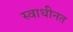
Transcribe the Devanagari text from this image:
स्वाधीनत